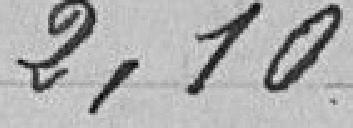
2,10